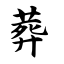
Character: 葬